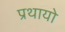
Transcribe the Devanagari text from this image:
प्रथायो